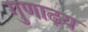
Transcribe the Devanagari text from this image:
गुणाढ़य